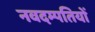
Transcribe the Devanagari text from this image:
नवदम्पतियों